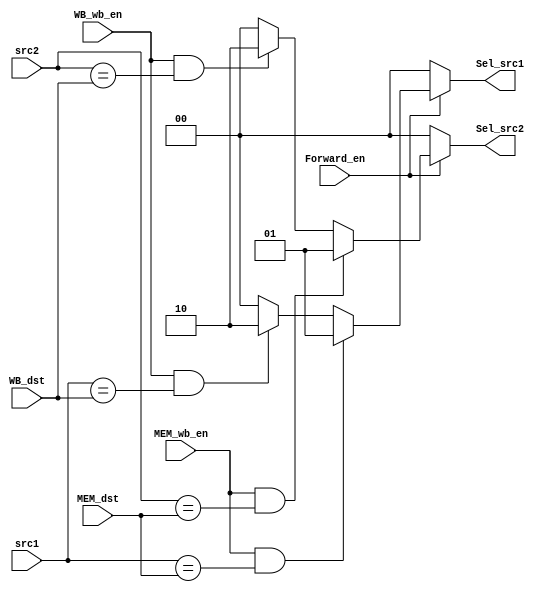
`timescale 1ns/1ns

module ForwardingUnit(
    input MEM_wb_en, WB_wb_en, Forward_en,
    input [3:0] src1, src2, MEM_dst, WB_dst,
    output reg [1:0] Sel_src1, Sel_src2
);

    always @(*) begin
        {Sel_src1, Sel_src2} = 4'b0;
    
        if (Forward_en == 1'b1) begin 
            if ((MEM_wb_en == 1'b1) && (src1 == MEM_dst)) 
                Sel_src1 = 2'b01;
            else if ((WB_wb_en == 1'b1) && (src1 == WB_dst))
                Sel_src1 = 2'b10;

            if ((MEM_wb_en == 1'b1) && (src2 == MEM_dst)) 
                Sel_src2 = 2'b01;
            else if ((WB_wb_en == 1'b1) && (src2 == WB_dst))
                Sel_src2 = 2'b10;
        end      
    end

endmodule